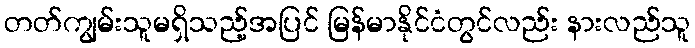
တတ်ကျွမ်းသူမရှိသည့်အပြင် မြန်မာနိုင်ငံတွင်လည်း နားလည်သူ